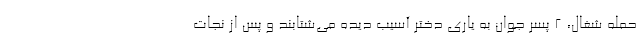
حمله شغال، ۲ پسر جوان به یاری دختر آسیب دیده می‌شتابند و پس از نجات